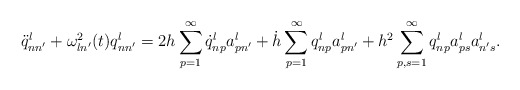
\begin{align*}\ddot{q}_{nn'}^{l}+\omega_{ln'}^{2}(t) q_{nn'}^{l}=2h\sum_{p=1}^{\infty}\dot{q}_{np}^{l} a_{pn'}^{l}+ \dot{h}\sum_{p=1}^{\infty}q_{np}^{l} a_{pn'}^{l}+ h^{2}\sum_{p,s=1}^{\infty} q_{np}^{l}a_{ps}^{l}a_{n's}^{l}.\end{align*}